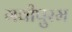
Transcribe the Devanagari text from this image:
गवीपुरम